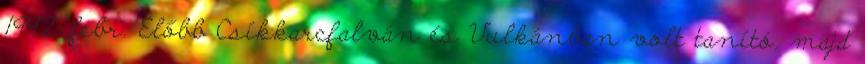
1992. febr. Előbb Csíkkarcfalván és Vulkánban volt tanító, majd